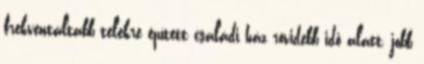
frekventáltabb telekre épített családi ház rövidebb idő alatt, jobb